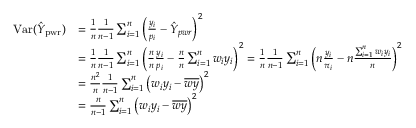
{ \begin{array} { r l } { \operatorname { V a r } ( { \hat { Y } } _ { \mathrm { p w r } } ) } & { = { \frac { 1 } { n } } { \frac { 1 } { n - 1 } } \sum _ { i = 1 } ^ { n } \left( { \frac { y _ { i } } { p _ { i } } } - { \hat { Y } } _ { p w r } \right) ^ { 2 } } \\ & { = { \frac { 1 } { n } } { \frac { 1 } { n - 1 } } \sum _ { i = 1 } ^ { n } \left( { \frac { n } { n } } { \frac { y _ { i } } { p _ { i } } } - { \frac { n } { n } } \sum _ { i = 1 } ^ { n } w _ { i } y _ { i } \right) ^ { 2 } = { \frac { 1 } { n } } { \frac { 1 } { n - 1 } } \sum _ { i = 1 } ^ { n } \left( n { \frac { y _ { i } } { \pi _ { i } } } - n { \frac { \sum _ { i = 1 } ^ { n } w _ { i } y _ { i } } { n } } \right) ^ { 2 } } \\ & { = { \frac { n ^ { 2 } } { n } } { \frac { 1 } { n - 1 } } \sum _ { i = 1 } ^ { n } \left( w _ { i } y _ { i } - { \overline { { w y } } } \right) ^ { 2 } } \\ & { = { \frac { n } { n - 1 } } \sum _ { i = 1 } ^ { n } \left( w _ { i } y _ { i } - { \overline { { w y } } } \right) ^ { 2 } } \end{array} }